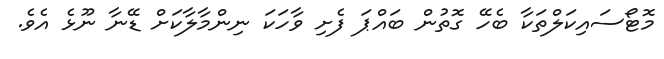
މޮޓޯސައިކަލްތަކާ ބެހޭ ގޮތުން ބައްޕަ ފެށި ވާހަކަ ނިންމާލާކަށް ޑޭނާ ނޫޅެ އެވެ.